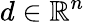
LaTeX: d\in\mathbb{R}^{n}